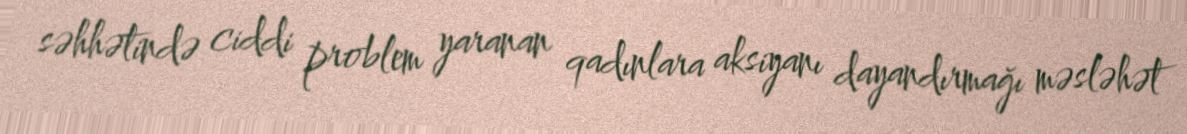
səhhətində ciddi problem yaranan qadınlara aksiyanı dayandırmağı məsləhət